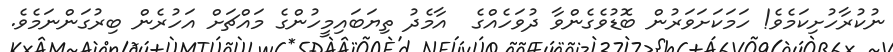
ނުކުރާހުށިކަމެވެ! ހަމަކަށަވަރުން ބޮޑުވެގެންވާ ދުވަހެއްގެ  އާމެދު ތިޔަބައިމީހުންގެ މައްޗަށް އަހުރެން ބިރުގަންނަމެވެ.